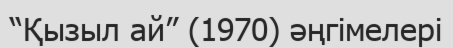
“Қызыл ай” (1970) әңгімелері